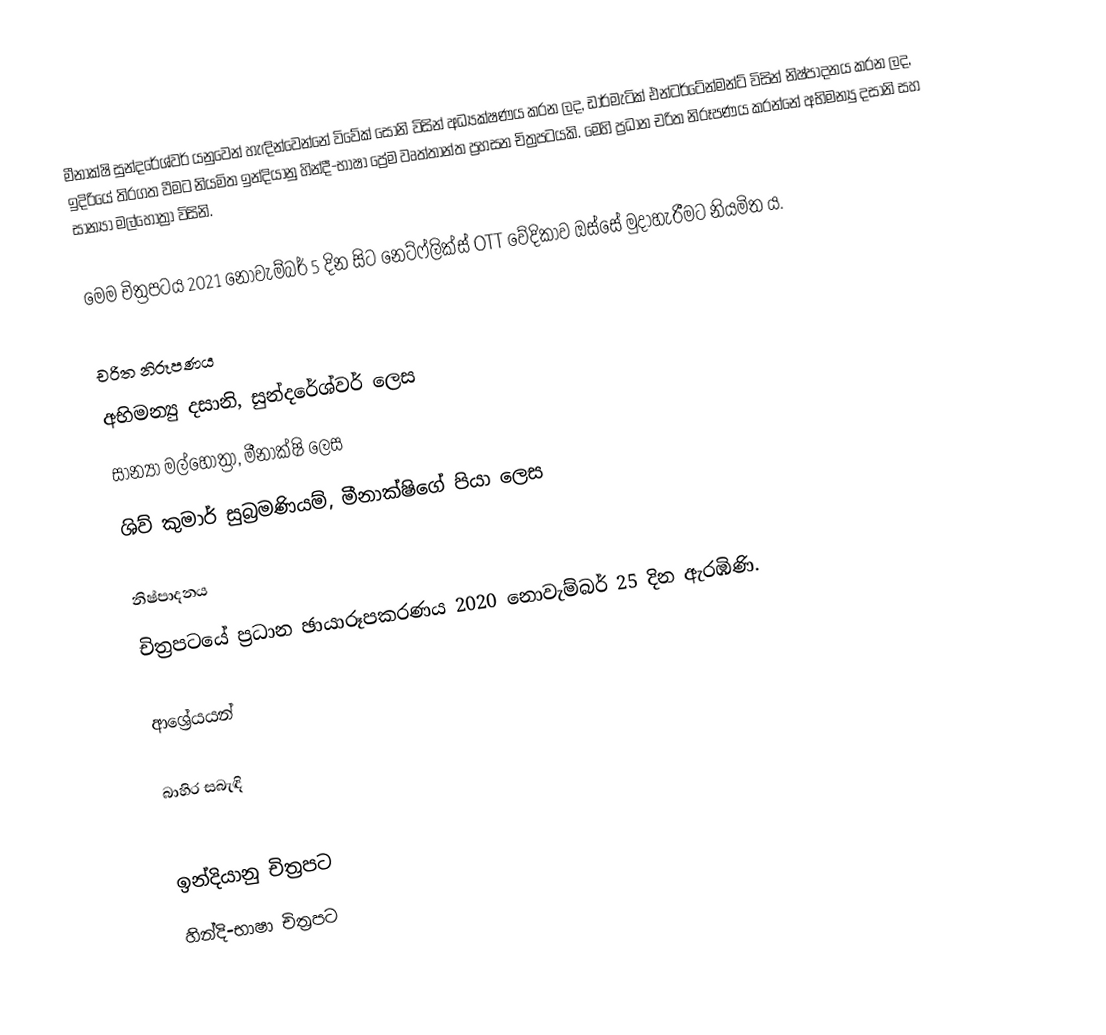
මීනාක්ෂි සුන්දරේශ්වර් යනුවෙන් හැඳින්වෙන්නේ විවේක් සෝනි විසින් අධ්‍යක්ෂණය කරන ලද, ඩාර්මැටික් එන්ටර්ටේන්මන්ට් විසින් නිෂ්පාදනය කරන ලද, ඉදිරියේ තිරගත වීමට නියමිත ඉන්දියානු හින්දී-භාෂා ප්‍රේම වෘත්තාන්ත ප්‍රහසන චිත්‍රපටයකි. මෙහි ප්‍රධාන චරිත නිරූපණය කරන්නේ අභිමන්‍යු දසානි සහ සාන්‍යා මල්හෝත්‍රා විසිනි.

මෙම චිත්‍රපටය 2021 නොවැම්බර් 5 දින සිට නෙට්ෆ්ලික්ස් OTT වේදිකාව ඔස්සේ මුදාහැරීමට නියමිත ය.

චරිත නිරූපණය
 අභිමන්‍යු දසානි, සුන්දරේශ්වර් ලෙස
 සාන්‍යා මල්හෝත්‍රා, මීනාක්ෂි ලෙස
 ශිව් කුමාර් සුබ්‍රමණියම්, මීනාක්ෂිගේ පියා ලෙස

නිෂ්පාදනය
චිත්‍රපටයේ ප්‍රධාන ඡායාරූපකරණය 2020 නොවැම්බර් 25 දින ඇරඹිණි.

ආශ්‍රේයයන්

බාහිර සබැඳි

ඉන්දියානු චිත්‍රපට
හින්දි-භාෂා චිත්‍රපට